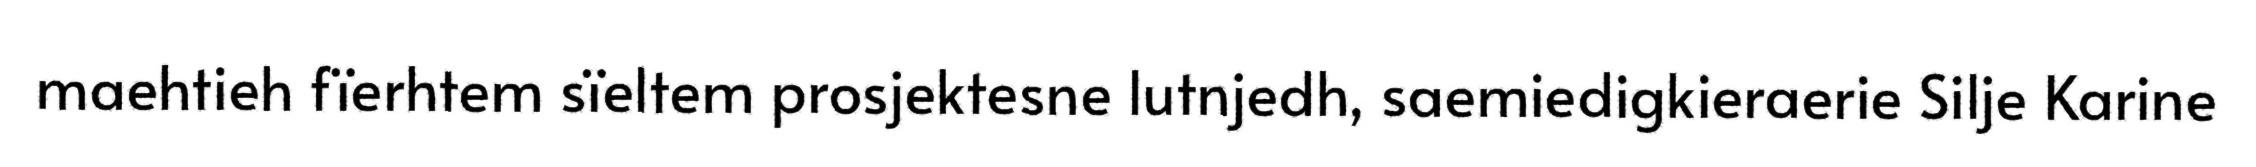
maehtieh fïerhtem sïeltem prosjektesne lutnjedh, saemiedigkieraerie Silje Karine